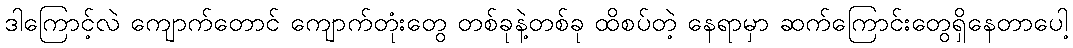
ဒါကြောင့်လဲ ကျောက်တောင် ကျောက်တုံးတွေ တစ်ခုနဲ့တစ်ခု ထိစပ်တဲ့ နေရာမှာ ဆက်ကြောင်းတွေရှိနေတာပေါ့